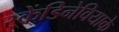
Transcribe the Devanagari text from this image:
स्केंडिनेवियाके